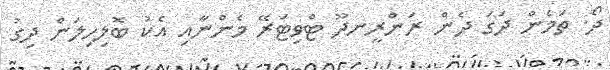
ދޯ. ތަމެން ދަގަ ދެން ރަންރީނދޫ ޓްވިޓަރޭ މެންނާއި އެކު ބޮލިހިލަން ދިގު